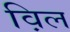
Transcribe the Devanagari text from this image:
व़िल